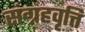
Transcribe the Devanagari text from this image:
संग्रहवृत्ति